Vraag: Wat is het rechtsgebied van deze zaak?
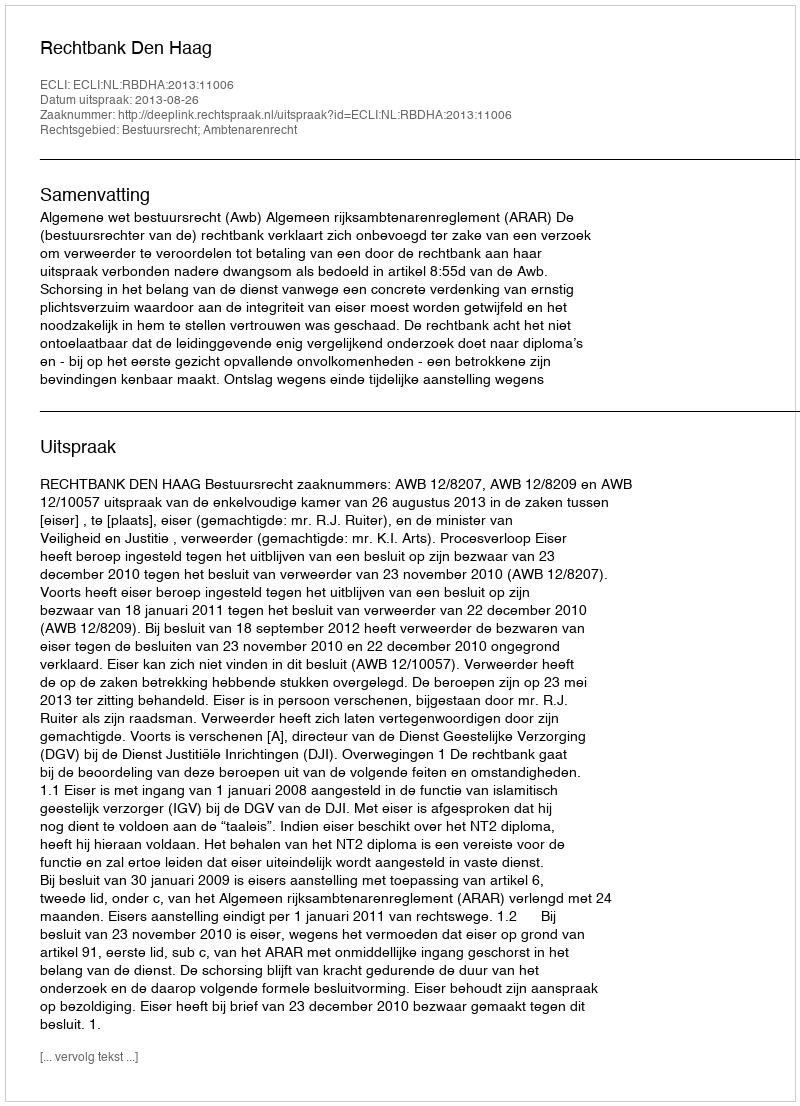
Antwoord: Bestuursrecht; Ambtenarenrecht